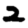
Digit: 2